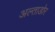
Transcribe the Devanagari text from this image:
अल्ताडोर